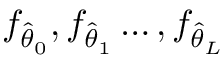
f _ { \hat { \theta } _ { 0 } } , f _ { \hat { \theta } _ { 1 } } \ldots , f _ { \hat { \theta } _ { L } }